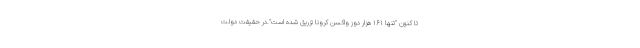
تا كنون "تنها ۱۶۱ هزار دوز واکسن کرونا تزریق شده است".در حقيقت دولت